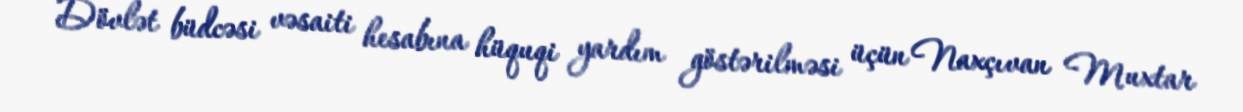
Dövlət büdcəsi vəsaiti hesabına hüquqi yardım göstərilməsi üçün Naxçıvan Muxtar